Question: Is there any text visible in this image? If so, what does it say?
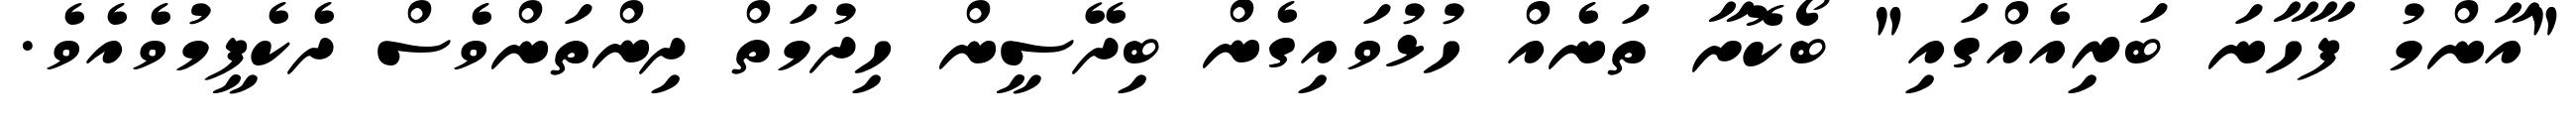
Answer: "އާންމު ފާހާނަ ބަރިއެއްގައި" ބޯކޮށާ ތަނެއް ހުޅުވައިގެން ބިދޭސީން ހިދުމަތް ދިންތަންވެސް ދެކެފީމުވެއެވެ.